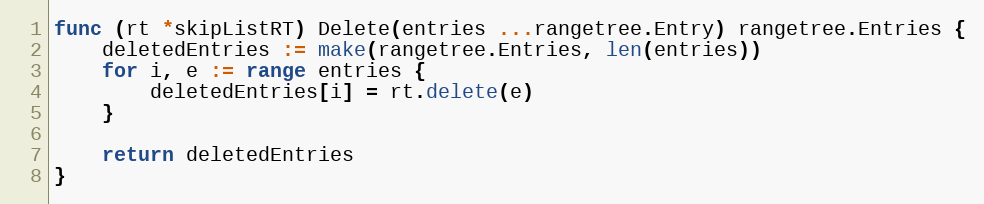
Language: Go
func (rt *skipListRT) Delete(entries ...rangetree.Entry) rangetree.Entries {
	deletedEntries := make(rangetree.Entries, len(entries))
	for i, e := range entries {
		deletedEntries[i] = rt.delete(e)
	}

	return deletedEntries
}